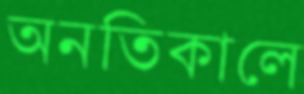
অনতিকালে